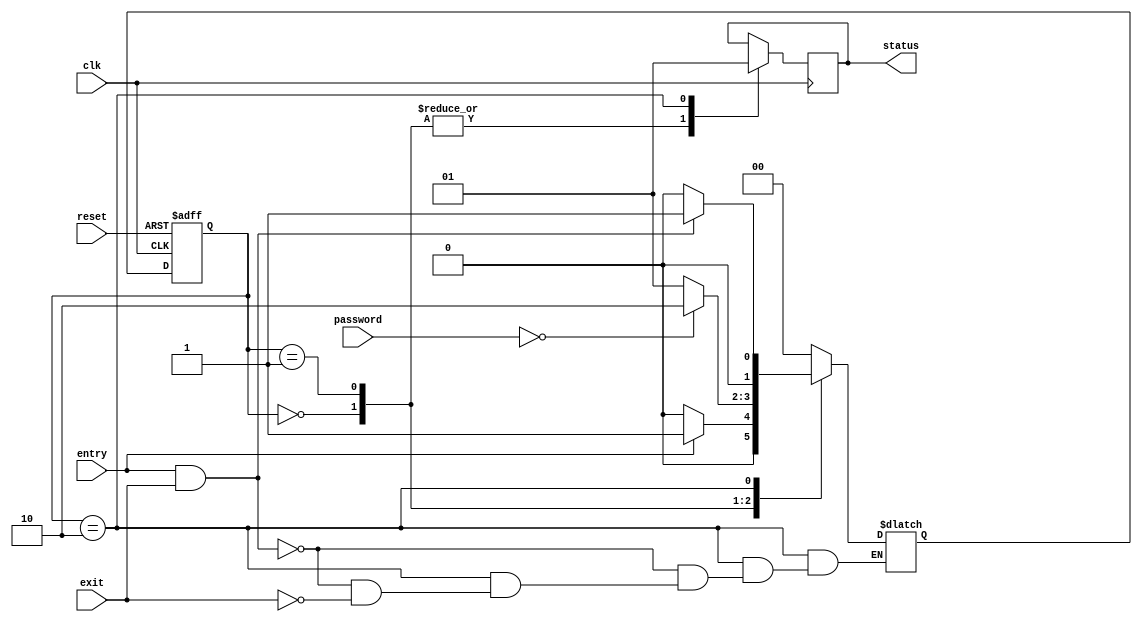
module ps(
input clk,reset,entry,exit,    
input [3:0] password,
output reg status
    );
 parameter IDLE = 3'b00, PASSWORD_ENTRY = 3'b01, RIGHT_PASS = 3'b010;
 reg[1:0] current_state, next_state;

	 always @(posedge clk or negedge reset)
	 begin
	 if(~reset) 
	 current_state = IDLE;
	 else
	 current_state = next_state;
	 end
 
		 always @(*)
		 begin
		 case(current_state)
		 IDLE: begin
		 if(entry == 1)
		 next_state = PASSWORD_ENTRY;
		 else
		 next_state = IDLE;
		 end
		 PASSWORD_ENTRY: begin
		 if(password==4'b0000)
		 next_state = RIGHT_PASS;
		 else
		 next_state = PASSWORD_ENTRY;
		 end
		 RIGHT_PASS: begin
		 if(entry==1 && exit == 1)
		 next_state = PASSWORD_ENTRY;
		 else if(exit == 1)
		 next_state = IDLE;
		 end
		 default: next_state = IDLE;
		 endcase
		 end
		 
			 always @(posedge clk)
			 begin 
			 case(current_state)
			 IDLE: begin
			 status = 0;
			 end
			 PASSWORD_ENTRY: begin
			 status = 0;
			 end
			 RIGHT_PASS: begin
			 status =1;
			 end
			 endcase
			 end


endmodule